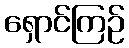
ရှောင်ကြဉ်